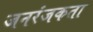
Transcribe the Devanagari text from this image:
जनरंजकता